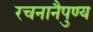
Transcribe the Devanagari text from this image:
रचनानैपुण्य